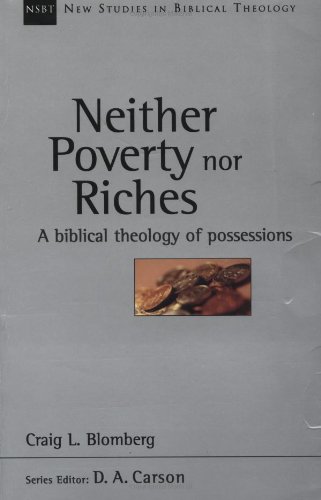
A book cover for Neither Poverty nor Riches: A Biblical Theology of Possessions (New Studies in Biblical Theology); Craig L. Blomberg; Christian Books & Bibles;